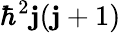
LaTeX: \hbar^{2}\mathbf{j}(\mathbf{j}+1)